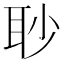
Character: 𦕈